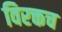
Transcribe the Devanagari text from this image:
विरक्तच